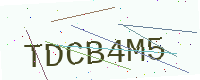
Text: TDCB4M5